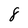
Character: 8